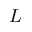
L